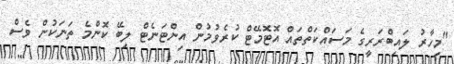
"މިހާރު ލައިބްރަރީގެ މަސައްކަތްތައް އޮޓޮމޭޓް ކުރެވުމުން އިންޓަނެޓް ލިބޭ ކޮންމެ ތަނަކުން ވެސް